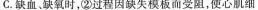
C.缺血。缺氧时，②过程因缺失模板而受阻，使心肌细